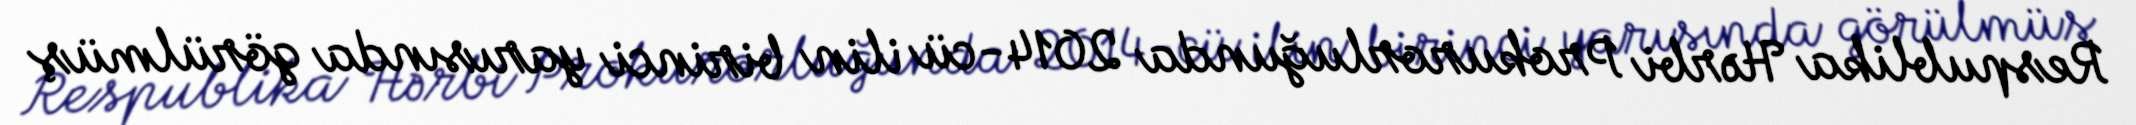
Respublika Hərbi Prokurorluğunda 2014-cü ilin birinci yarısında görülmüş